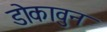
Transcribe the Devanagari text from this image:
डोकावुन